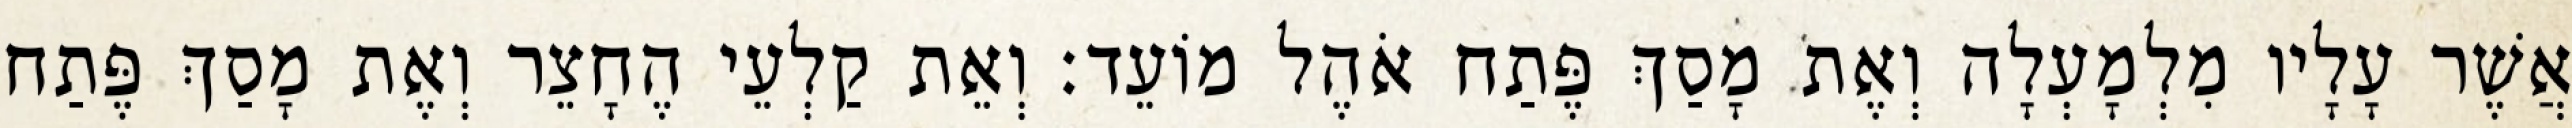
אֲשֶׁר עָלָיו מִלְמָעְלָה וְאֶת מָסַךְ פֶּתַח אֹהֶל מוֹעֵד׃ וְאֵת קַלְעֵי הֶחָצֵר וְאֶת מָסַךְ פֶּתַח